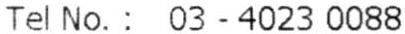
TEL NO. : 03-4023 0088